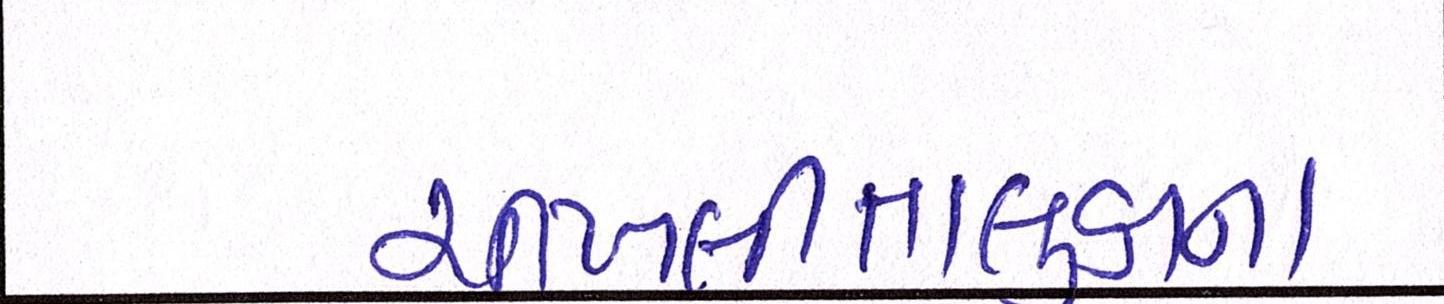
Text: ચીખલીતાલુકાના